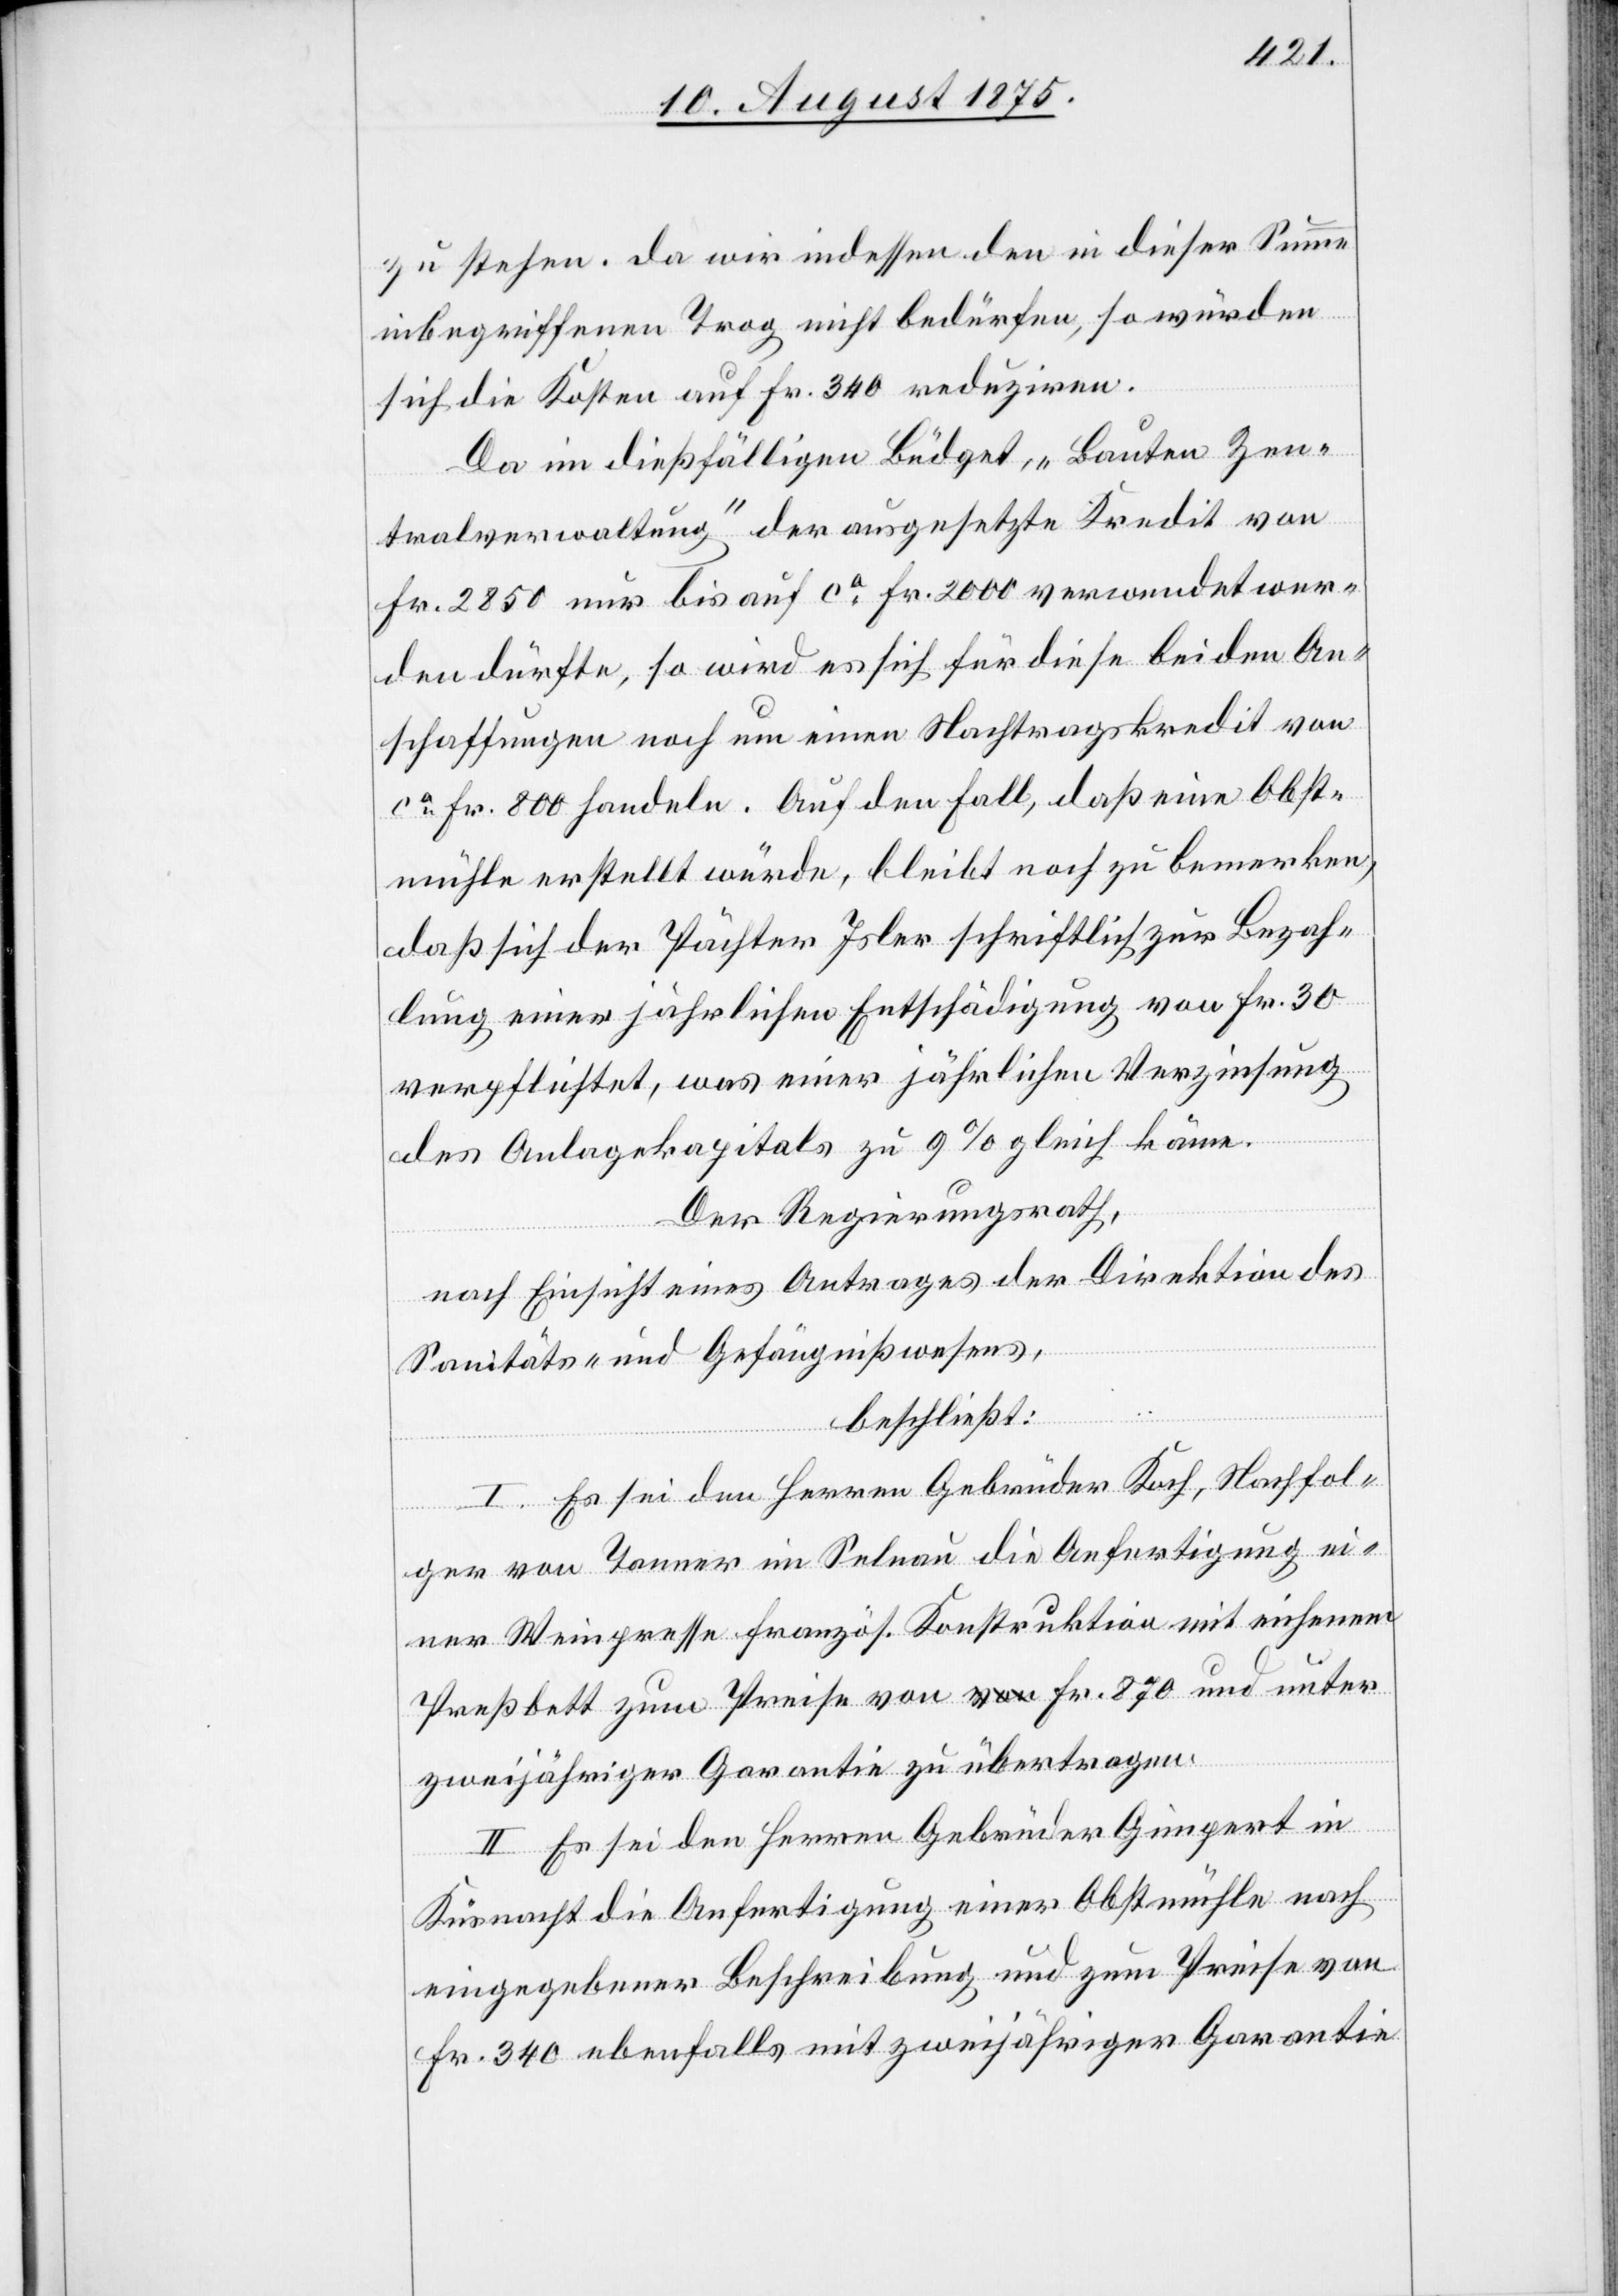
zu stehen. da [sic!] wir indessen den in dieser Summe
inbegriffenen Trog nicht bedürfen, so würden
sich die Kosten auf Fr. 340 reduziren.
Da im dießfälligen Büdget „Bauten Zen¬
tralverwaltung“ der angesetzte Kredit von
Fr. 2850 nur bis auf ca Fr. 2000 verwendet wer¬
den dürfte, so wird es sich für diese beiden An¬
schaffungen noch um einen Nachtragskredit von
ca Fr. 800 handeln. Auf den Fall, daß eine Obst¬
mühle erstellt würde, bleibt noch zu bemerken,
daß sich der Pächter Isler schriftlich zur Bezah¬
lung einer jährlichen Entschädigung von Fr. 30
verpflichtet, was einer jährlichen Verzinsung
des Anlagekapitals zu 9% gleich käme.
Der Regierungsrath,
nach Einsicht eines Antrages der Direktion des
Sanitäts- und Gefängnißwesens,
beschließt:
I. Es sei den Herren Gebrüder Koch, Nachfol¬
ger von Tanner in Selnau die Anfertigung ei¬
ner Weinpresse französ. Konstruktion mit eichenem
Preßbett zum Preise von Fr. 870 und unter
zweijähriger Garantie zu übertragen.
II. Es sei den Herren Gebrüder Gimpert in
Küsnacht die Anfertigung einer Obstmühle nach
eingegebener Beschreibung und zum Preise von
Fr. 340 ebenfalls mit zweijähriger Garantie